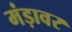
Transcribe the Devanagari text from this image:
मंड़ावर